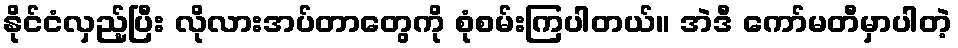
နိုင်ငံလှည့်ပြီး လိုလားအပ်တာတွေကို စုံစမ်းကြပါတယ်။ အဲဒီ ကော်မတီမှာပါတဲ့